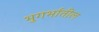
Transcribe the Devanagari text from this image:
भुगर्भातील